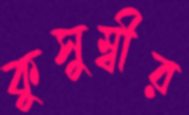
কুসুম্বীর